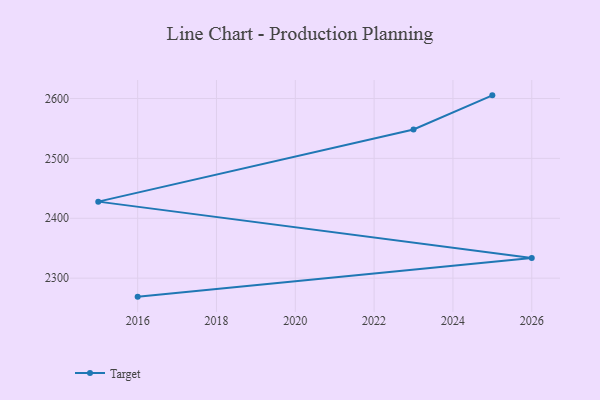
{"axis": {"x": "Year", "y": "Net Income (USD K)"}, "legend": ["Target"], "data": [{"x": "2016", "y": 2269.1, "type": "Target"}, {"x": "2026", "y": 2333.7, "type": "Target"}, {"x": "2015", "y": 2427.8, "type": "Target"}, {"x": "2023", "y": 2548.3, "type": "Target"}, {"x": "2025", "y": 2605.3, "type": "Target"}]}